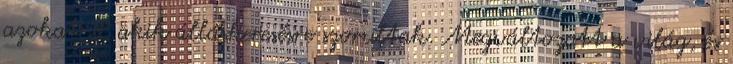
azokat is, akik álláskeresésre szorultak. Megváltozott a világ, és